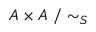
A \times A ~ / \sim _ { S }